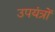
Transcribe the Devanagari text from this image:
उपयंत्रों